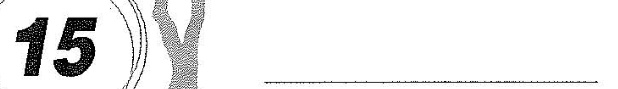
15 ___